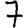
Digit: 7